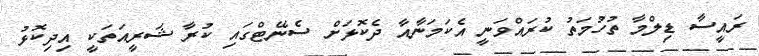
ރައީސާ ޑިލްމާ ތުހުމަތު ކުރައްވަނީ އެކަމަނާއާ ދެކޮޅަށް ސެނޭޓްގައި ކުރާ ޝަރީއަތަކީ އިދިކޮޅު